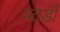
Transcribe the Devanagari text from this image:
पठडी